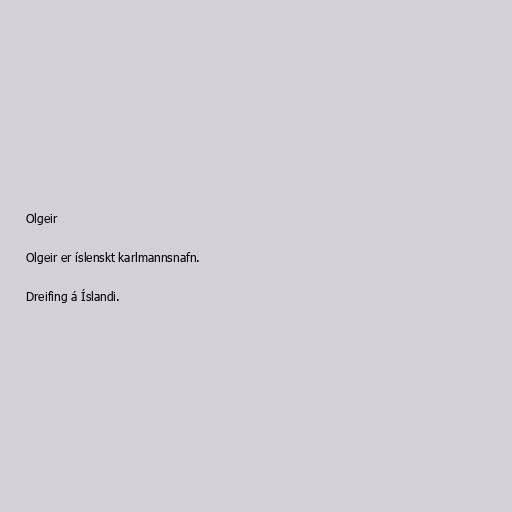
Olgeir

Olgeir er íslenskt karlmannsnafn.

Dreifing á Íslandi.